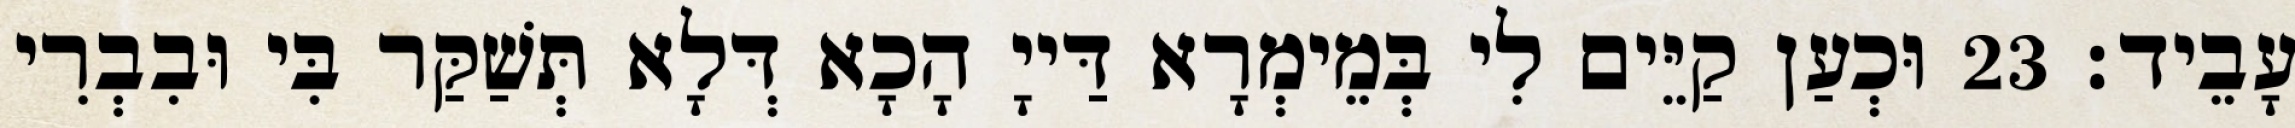
עָבֵיד׃ 23 וּכְעַן קַיֵּים לִי בְּמֵימְרָא דַּייָ הָכָא דְּלָא תְּשַׁקַּר בִּי וּבִבְרִי